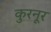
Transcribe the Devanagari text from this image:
कुरनूर